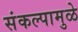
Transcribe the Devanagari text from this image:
संकल्पामुळे